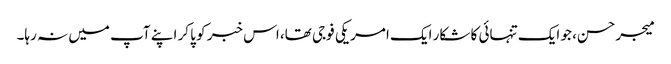
میجر حسن، جو ایک تنہائی کا شکار ایک امریکی فوجی تھا، اس خبر کو پا کر اپنے آپ میں نہ رہا۔